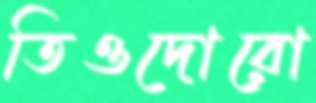
তিওদোরো